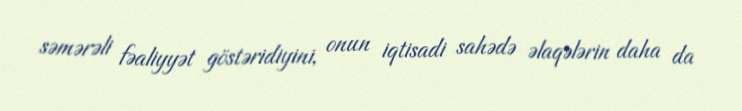
səmərəli fəaliyyət göstəridiyini, onun iqtisadi sahədə əlaqələrin daha da